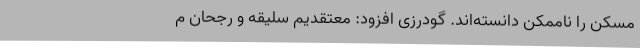
مسکن را ناممکن دانسته‌اند. گودرزی افزود: ‌معتقدیم سلیقه و رجحان م